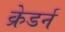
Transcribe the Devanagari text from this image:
क्रेडर्न